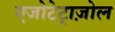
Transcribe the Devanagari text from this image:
एजोटेट्राज़ोल